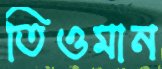
তিওমান